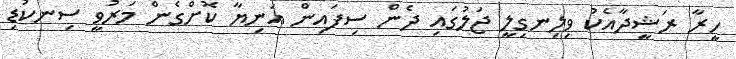
ހީރާ ރަޝީދާއެކު ވިލިނގިލީ ޖަލުގައި ދެން ސިފައިން އަނިޔާ ކޮށްގެން މަރުވީ ސިނކުޑި